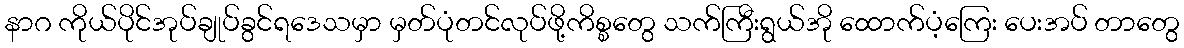
နာဂ ကိုယ်ပိုင်အုပ်ချုပ်ခွင်ရဒေသမှာ မှတ်ပုံတင်လုပ်ဖို့ကိစ္စတွေ သက်ကြီးရွယ်အို ထောက်ပံ့ကြေး ပေးအပ် တာတွေ